Document type: Dowry acquittance
Year: 1427
Scribe: Pere Tarafa
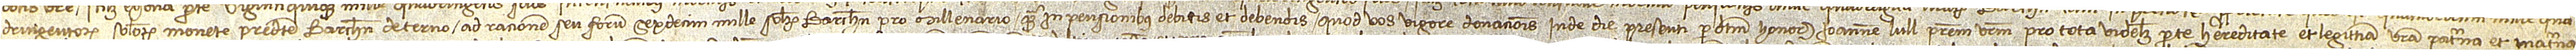
dringentorum solidorum monete predicte Barchinone de terno, ad racionem seu forum sexdecim mille solidorum Barchinone pro millenario, quam in pensionibus debitis et debendis quod vos vigore donacionis inde die presenti predictum honorabilem Ioannem Lull, patrem vestrum, pro tota videlicet parte hereditate et legittima vestra paterna et materna